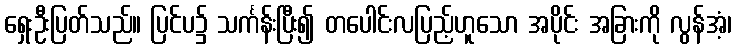
ရှေးဦးပြတ်သည်။ ပြင်ပ၌ သင်္ကန်းပြီး၍ တပေါင်းလပြည့်ဟူသော အပိုင်း အခြားကို လွန်အံ့၊